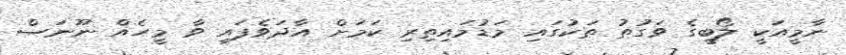
ނާމީއަކީ ލޯބީގެ ވަގުތު ތަކުގައި މަޑުމައިތިރި ކަމަށް އާދަވެފައި ވާ މީހެއް ނޫނަސް